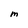
Character: M